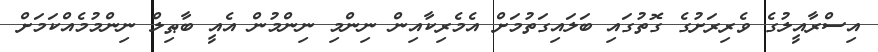
އިސްރާއީލުގެ ވެރިރަށުގެ ގޮތުގައި ބަލައިގަތުމަށް އެމެރިކާއިން ނިންމި ނިންމުން އެއީ ބާޠިލް ނިންމުމެއްކަމަށް